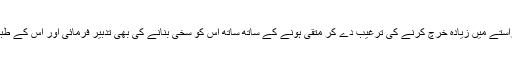
نیز ماہِ صیام میں اللہ تعالیٰ کے راستے میں زیادہ خرچ کرنے کی ترغیب دے کر متقی ہونے کے ساتھ ساتھ اس کو سخی بنانے کی بھی تدبیر فرمائی اور اس کے طبعی بخل کی اصلاح اس طرح کی۔